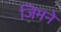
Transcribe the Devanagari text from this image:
जिमने